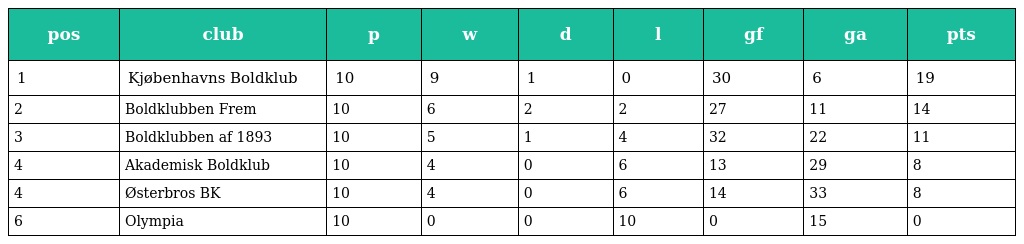
| pos | club | p | w | d | l | gf | ga | pts |
 | --- | --- | --- | --- | --- | --- | --- | --- | --- |
 | 1 | Kjøbenhavns Boldklub | 10 | 9 | 1 | 0 | 30 | 6 | 19 |
 | 2 | Boldklubben Frem | 10 | 6 | 2 | 2 | 27 | 11 | 14 |
 | 3 | Boldklubben af 1893 | 10 | 5 | 1 | 4 | 32 | 22 | 11 |
 | 4 | Akademisk Boldklub | 10 | 4 | 0 | 6 | 13 | 29 | 8 |
 | 4 | Østerbros BK | 10 | 4 | 0 | 6 | 14 | 33 | 8 |
 | 6 | Olympia | 10 | 0 | 0 | 10 | 0 | 15 | 0 |